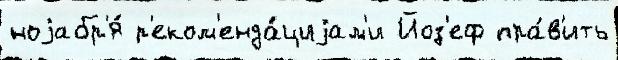
ноjабр'я́ р'еком'енда́циjам'и Йоз'еф пра́в'ить